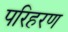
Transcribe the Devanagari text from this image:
परिहरण